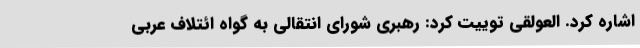
اشاره کرد. العولقی توییت کرد: رهبری شورای انتقالی به گواه ائتلاف عربی